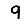
Digit: 9